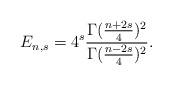
LaTeX: \begin{align*}E_{n,s}=4^s\frac{\Gamma(\frac{n+2s}{4})^2}{\Gamma(\frac{n-2s}{4})^2}.\end{align*}